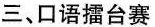
三、口语擂台赛